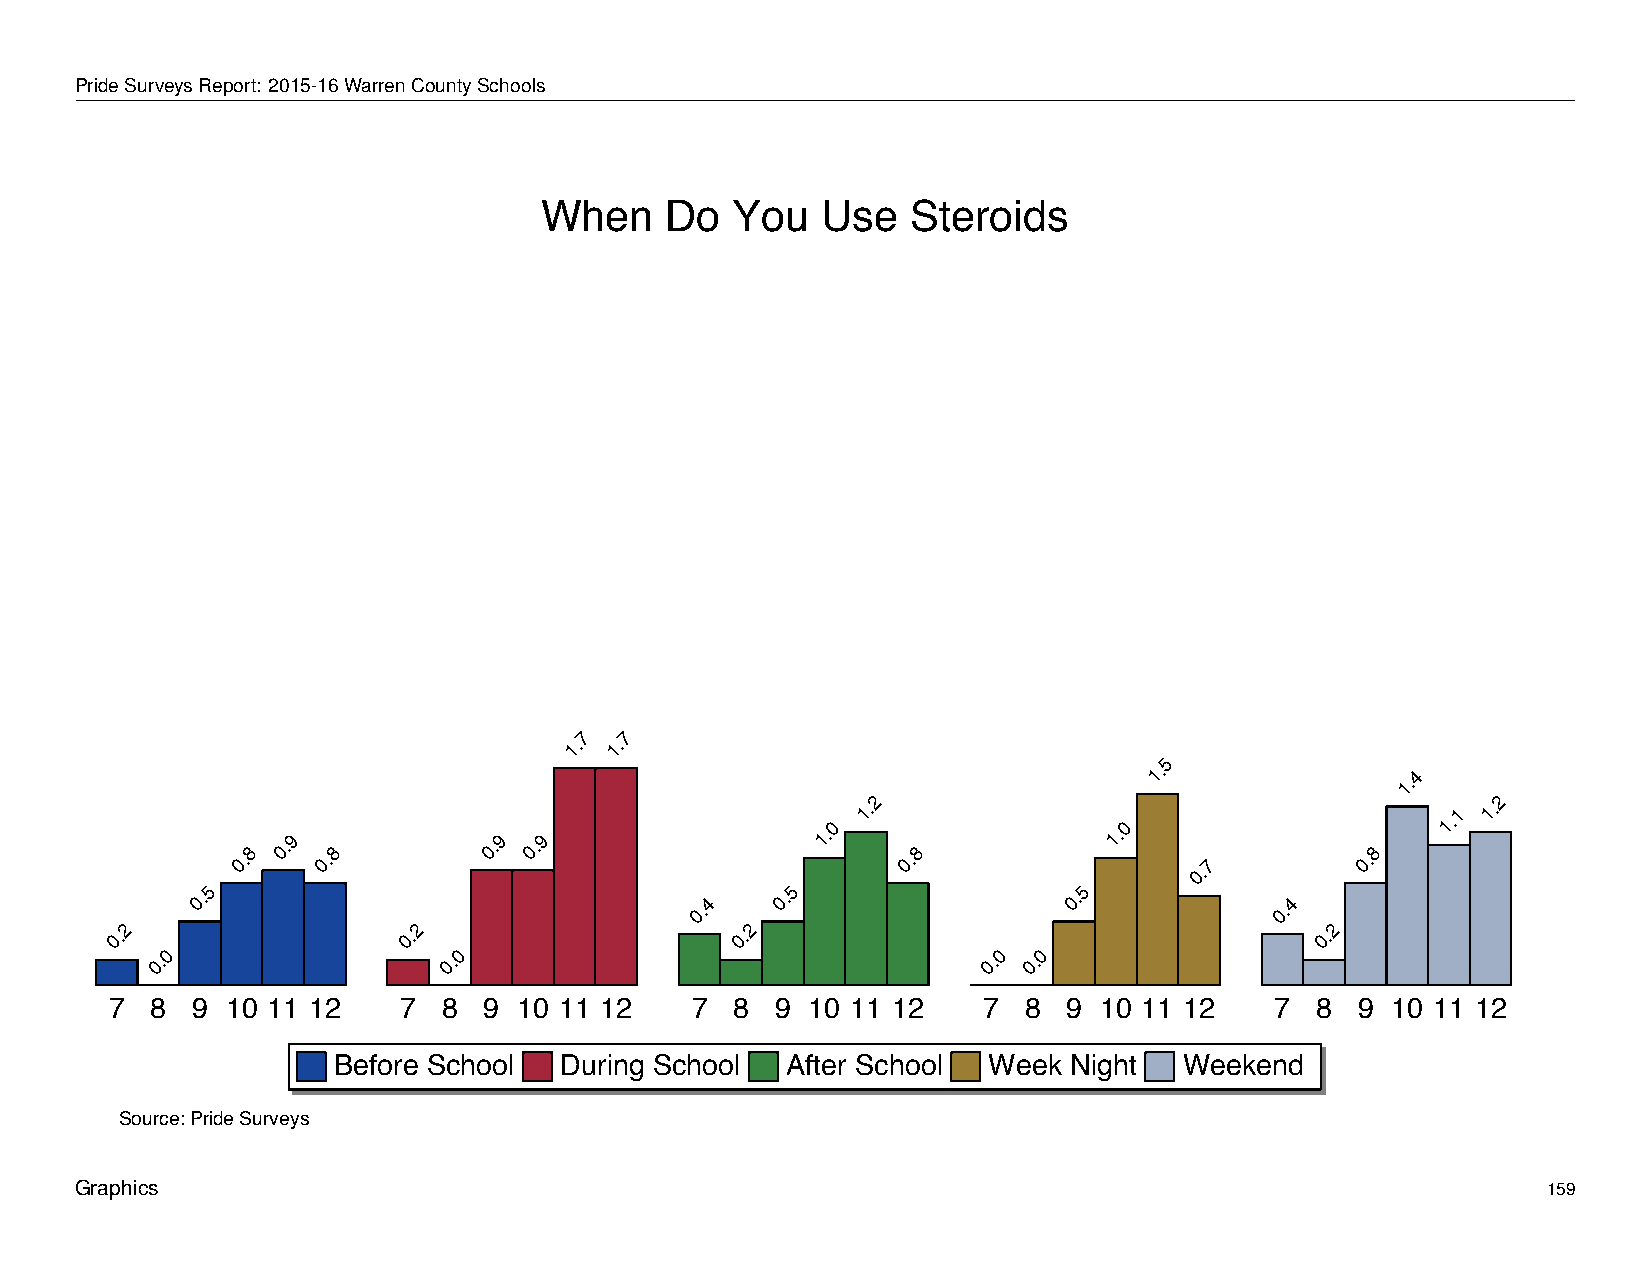
When         Do     You       Use      Steroids
 PrideSurveysReport: 2015-16WarrenCountySchools
 When    Do  You   Use   Steroids
 7  7
 1. 1.
 5
 1.               1.4
 2                                        2
 0.8
 0.9
 0.8
 0.9 0.9
 1.0
 1.
 0.8
 1.0
 0.7
 0.8
 1.1 1.
 5                                     5                  5
 0.                               0.4  0.                  0.           0.4
 2                  2                     2                                      2
 0.                  0.                    0.                                    0.
 0                  0                                   0  0
 0.                 0.                                  0. 0.
 7  8  9 10 11 12   7  8  9 10 11 12    7  8 9 10 11 12    7  8  9 10 11 12   7  8  9 10 11 12
 Before School  During School  After School Week  Night  Weekend
 Source: Pride Surveys
 Graphics                                                                                         159